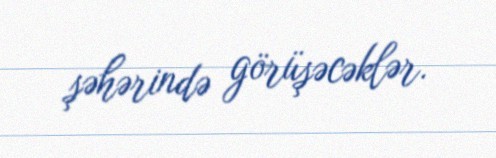
şəhərində görüşəcəklər.